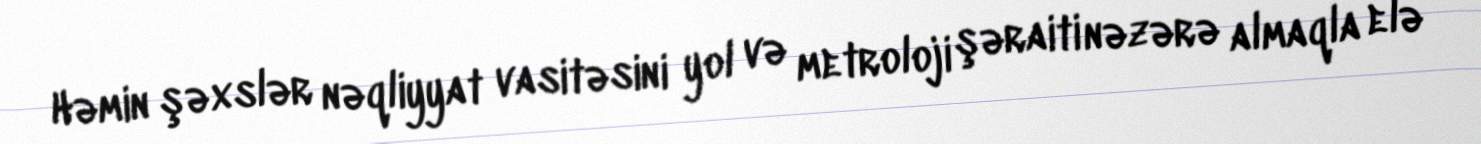
Həmin şəxslər nəqliyyat vasitəsini yol və metroloji şəraiti nəzərə almaqla elə